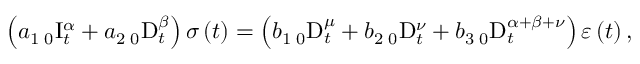
\left( a _ { 1 } \, _ { 0 } \mathrm { I } _ { t } ^ { \alpha } + a _ { 2 } \, _ { 0 } \mathrm { D } _ { t } ^ { \beta } \right) \sigma \left( t \right) = \left( b _ { 1 } \, _ { 0 } \mathrm { D } _ { t } ^ { \mu } + b _ { 2 } \, _ { 0 } \mathrm { D } _ { t } ^ { \nu } + b _ { 3 } \, _ { 0 } \mathrm { D } _ { t } ^ { \alpha + \beta + \nu } \right) \varepsilon \left( t \right) ,